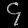
Digit: ၄